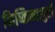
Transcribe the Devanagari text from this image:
किष्किन्धापुरी